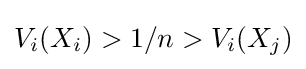
V_{i}(X_{i})>1/n>V_{i}(X_{j})